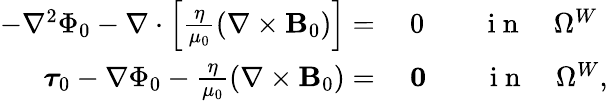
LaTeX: \begin{array}{rl}{-\nabla^{2}\Phi_{0}-\nabla\cdot\left[\frac{\eta}{\mu_{0}}\left(\nabla\times{\mathbf B_{0}}\right)\right]=}&{{}~0\qquad\mathrm{~i~n~}\quad\Omega^{W}}\\ {\boldsymbol{\tau}_{0}-\nabla\Phi_{0}-\frac{\eta}{\mu_{0}}\left(\nabla\times{\mathbf B_{0}}\right)=}&{{}~\mathbf{0}\qquad\mathrm{~i~n~}\quad\Omega^{W},}\end{array}